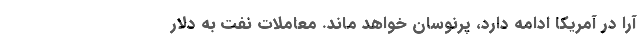
آرا در آمریکا ادامه دارد، پرنوسان خواهد ماند. معاملات نفت به دلار